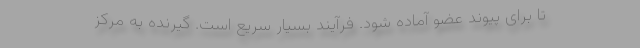
تا برای پیوند عضو آماده شود. فرآیند بسیار سریع است. گیرنده به مرکز